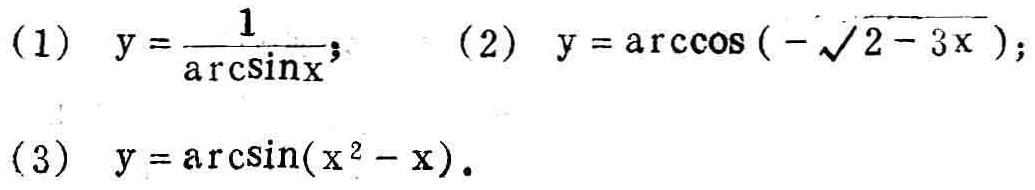
(1) \(y = \frac{1}{\arcsin x}\); (2) \(y=\arccos(-\sqrt{2 - 3x})\); (3) \(y = \arcsin(x^{2}-x)\)